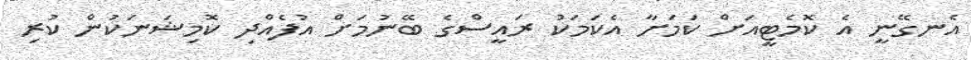
އެނގޭނީ އެ ކޮމެޓީއަށް ކަމަށާ އެކަމަކު ރައީސްގެ ބޭނުމަށް އުފެއްދި ކޮމިޝަނަކުން ކުރި